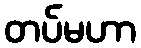
တပ်မဟာ